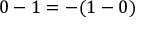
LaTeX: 0 - 1 = - ( 1 - 0 )